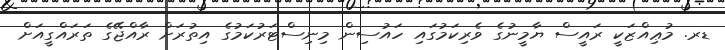
ޑރ. މުޢިއްޒަކީ ރައީސް ޔާމީނުގެ ވެރިކަމުގައި ހައުސިން މިނިސްޓަރުކަމުގެ އިތުރަށް ރާއްޖޭގެ ތަރައްގީއަށް